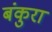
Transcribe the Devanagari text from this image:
बंकुरा